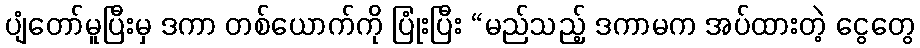
ပျံတော်မူပြီးမှ ဒကာ တစ်ယောက်ကို ပြုံးပြီး “မည်သည့် ဒကာမက အပ်ထားတဲ့ ငွေတွေ